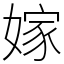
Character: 嫁